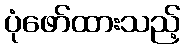
ပုံဖော်ထားသည့်